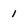
Character: 1